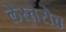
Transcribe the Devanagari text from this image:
लेस्तरोव